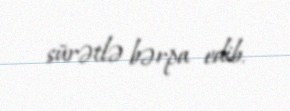
sürətlə bərpa edib.